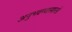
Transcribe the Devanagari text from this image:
अनुभवण्यासारखे